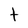
Character: t